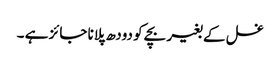
غسل کے بغیر بچے کو دودھ پلانا جائز ہے ۔